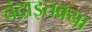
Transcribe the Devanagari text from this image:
चंद्राइतक्या